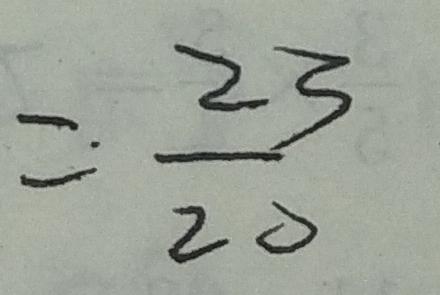
= \frac { 2 3 } { 2 0 }